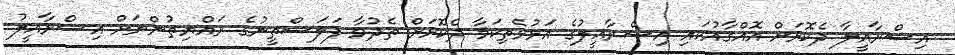
އިސްރާއީލާ ދެކޮޅަށް އޮއްގާއުކައި އިސްރާއީލުގެ އަޅުވެތިކަމާ ދެކޮޅަށް ތެދުވާ ފަލަސްތީނުގެ ރައްޔިތުންނަށް އިސްރާއީލު